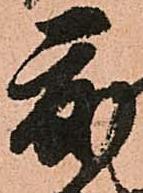
度